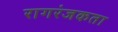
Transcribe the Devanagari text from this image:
रागरंजकता